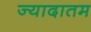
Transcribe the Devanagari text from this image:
ज्यादातम